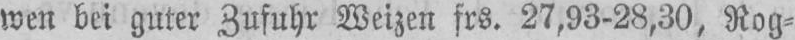
wen bei guter Zufuhr Weizen frs. 27,93-28,30, Rog⸗